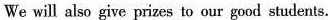
We will also give prizes to our good students.